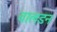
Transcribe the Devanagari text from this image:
वालडन